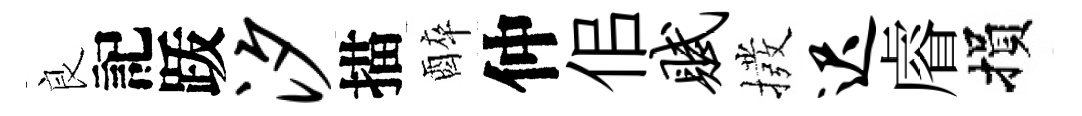
良記䟦汐描醉仲佀赋撥迟𥈠損